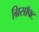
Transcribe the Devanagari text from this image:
ग्रिसॉफ्‍ट